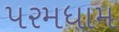
પરમધામ